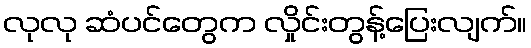
လုလု ဆံပင်တွေက လှိုင်းတွန့်ပြေးလျက်။